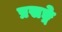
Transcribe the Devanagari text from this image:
प्रसङ्गे